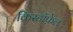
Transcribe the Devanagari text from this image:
क्रिस्टॉफ़ेल